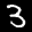
Label: 3